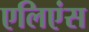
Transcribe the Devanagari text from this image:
एलिएंस